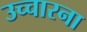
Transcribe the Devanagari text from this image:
उच्चारना